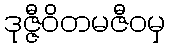
ဒုဇ္ဇီဝိတမဇီဝမှ